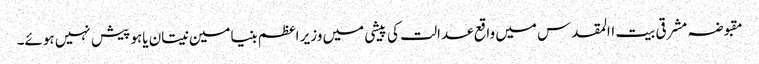
مقبوضہ مشرقی بیت االمقدس میں واقع عدالت کی پیشی میں وزیر اعظم بنیامین نیتان یاہو پیش نہیں ہوئے۔